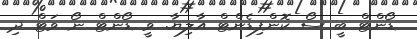
ޑޯންޓް ބީ ސޯ ކޮންފިޑެންޓް އާލިޔާ. ވީ ޑޯންޓް ނޯ ވަޓް ދި